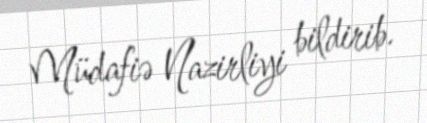
Müdafiə Nazirliyi bildirib.